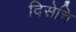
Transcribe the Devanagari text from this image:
दिसेचि